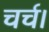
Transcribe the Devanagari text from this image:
चर्च।